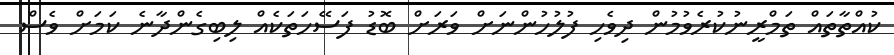
ކުއްތާތައް ތަމްރީނުކުރެވުމުން ދިވެހި ފުލުހުންނަށް ވަރަށް ބޮޑު ފަސޭހަތަކެއް ލިބިގެންދާނެ ކަމަށް ވެސް